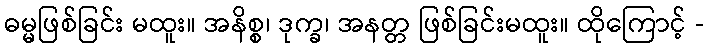
ဓမ္မဖြစ်ခြင်း မထူး။ အနိစ္စ၊ ဒုက္ခ၊ အနတ္တ ဖြစ်ခြင်းမထူး။ ထိုကြောင့် -